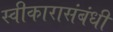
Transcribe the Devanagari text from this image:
स्वीकारासंबंधी